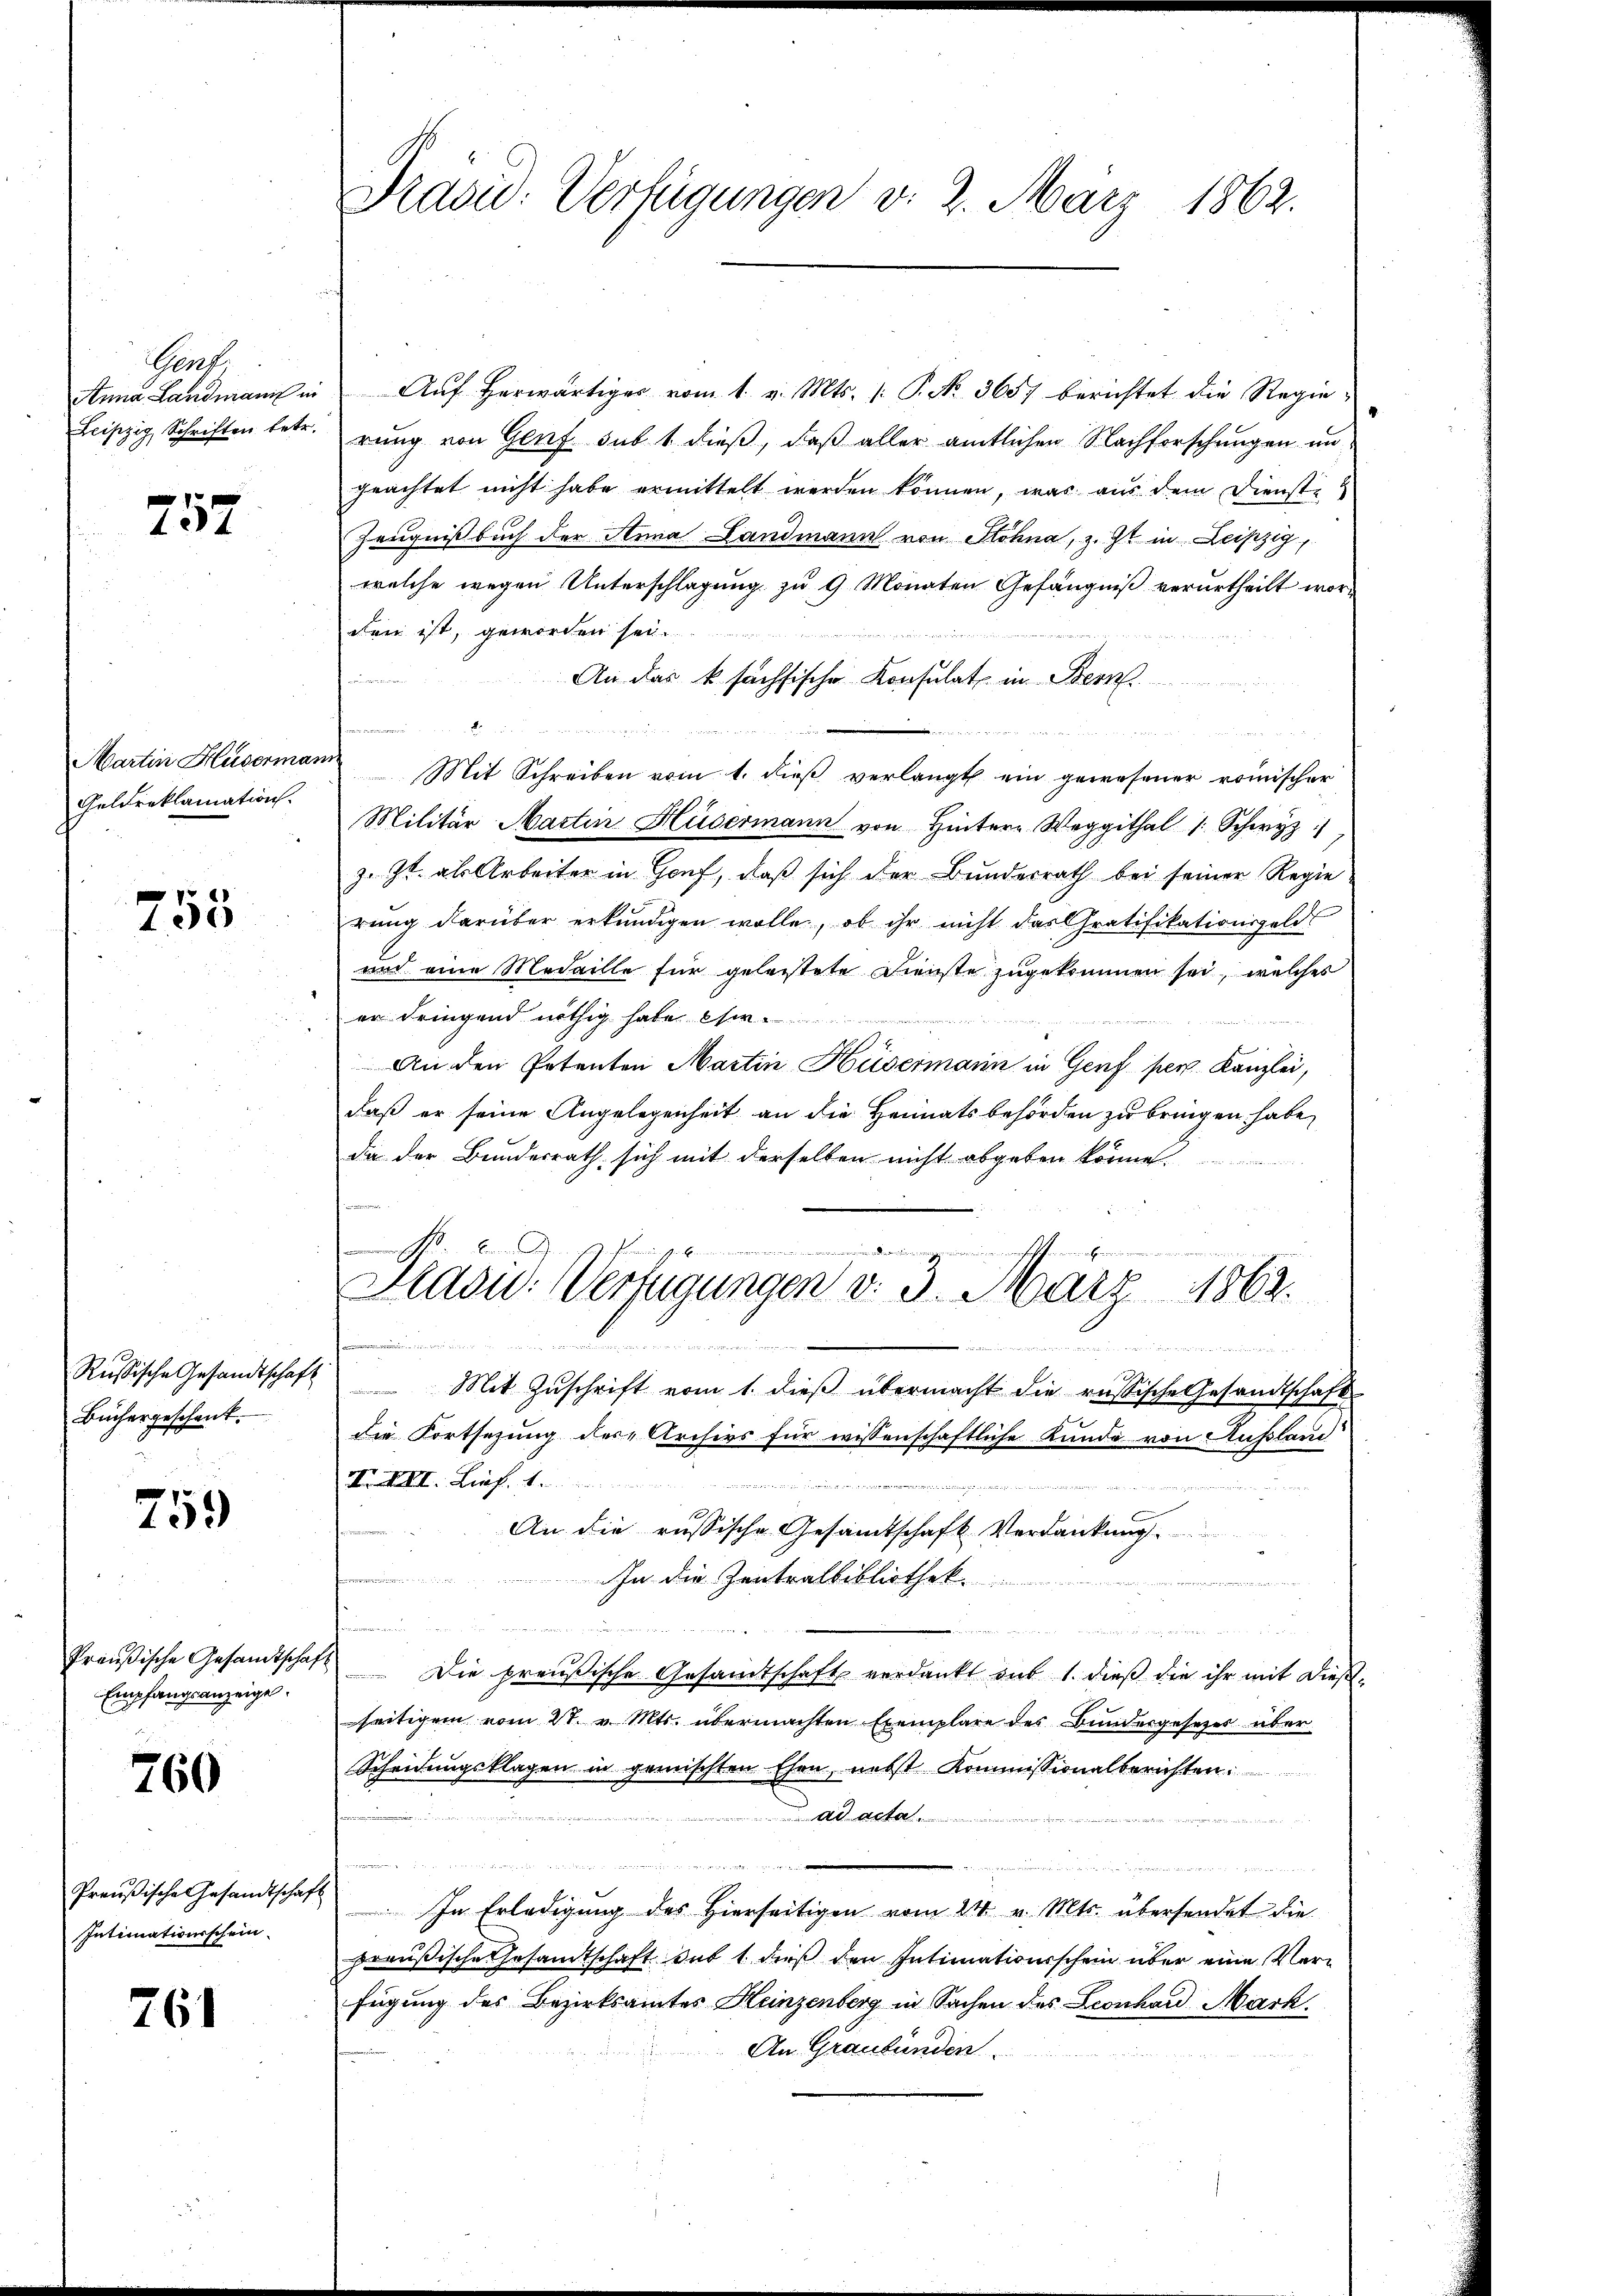
Gent.
Anna Landmann in
Leipzig Schriften betr.

752

Martin Huserman
Geldreklamation.

755

Russische Gesandtschaft
Büchergeschenk.

759

Preußische Gesandtschaf
Empfangsanzeige.

760

Preußische Gesandtschaft
Intimationsschein

761

Pravid. Verfügungen v. 2. März 1862.

Aŭf herwärtiger vom 1. v. Mts. (: P. No. 3657 berichtet die Regierung von Genf sub 1 dieß, daß aller amtlichen Nachforschungen ungeachtet nicht habe ermittelt werden können, was aus dem Dienste
Zeugnißbuch der Anna Landmann von Sohna, z. Zt. in Leipzig,
welche wegen Unterschlagung zu 9 Monaten Gefängniß verurtheilt wor-
den ist, geworden sei.
u
An das k sächsische Konsulat in Bern
.
Mit Schreiben vom 1. dieβ verlangt ein gewesener römischer
Militär Martin Husermann von Hinter Weggithal /: Schwyz
z. Zt. als Arbeiter in Hof, daß sich der Bundesrath bei seiner Regie
rung darüber erkundigen wolle, ob ihr nicht das Gratifikationsgeld
und eine Medaille für geleistete Dienste zugekommen sei, welches
er dringend nöthig habe es
An den Petenten Martin Husermann in Genf per Kanzlei,
daß er seine Angelegenheit an die Heimatsbehörden zu bringen habe,
da der Bundesrath sich mit derselben nicht abgeben könne.
e
s
in ein einen in deinen
t
Präsid.: Verfügungen v. 3. März 1862.
2fr. 212
n
 dir auchen Her
Mit Zuschrift vom 1. dieß übermacht die russische Gesandtschaft
die Fortsetzung der Archivs für wissenschaftliche Kunde von Russland
F. XIII. Zif. 1
An die russische Gesamtschaft Verdankung.
In die Zentralbibliothek
u

Die preußische Gesandtschaft verdankt auf 1. dieß die ihr mit dießseitigem vom 21. v. Mts. übermachten Exemplare des Bundergesetzer über
Scheidungsklagen in gemischten Ehen, nebst Kommissionalberichten.
an ein verstrenn
ad acta

ire enger
m
un
In Erledigung des Hierseitigen vom 21. v. Mts. übersendet die
preußische Gesamtschaft sub 1 dieß den Intimationsschein über eine Verfügung des Bezirksamtes Heinzenberg in Sachen des Leonhard Mark
An Graubünden